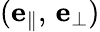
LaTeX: (\mathbf{e}_{\| },\, \mathbf{e}_{\perp})